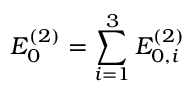
E _ { 0 } ^ { ( 2 ) } = \sum _ { i = 1 } ^ { 3 } E _ { 0 , i } ^ { ( 2 ) }